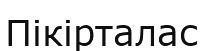
Пікірталас